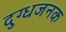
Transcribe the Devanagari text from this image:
दुग्धजनक